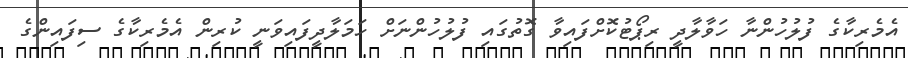
އެމެރިކާގެ ފުލުހުންނާ ހަވާލާދީ ރިޕޯޓުކޮށްފައިވާ ގޮތުގައި ފުލުހުންނަށް ހަމަލާދީފައިވަނީ ކުރިން އެމެރިކާގެ ސިފައިންގެ